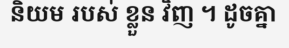
និយម របស់ ខ្លួន វិញ ។ ដូចគ្នា